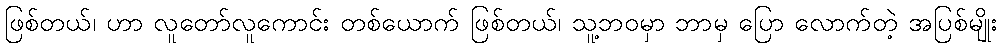
ဖြစ်တယ်၊ ဟာ လူတော်လူကောင်း တစ်ယောက် ဖြစ်တယ်၊ သူ့ဘဝမှာ ဘာမှ ပြော လောက်တဲ့ အပြစ်မျိုး